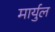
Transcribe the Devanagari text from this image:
मार्युल